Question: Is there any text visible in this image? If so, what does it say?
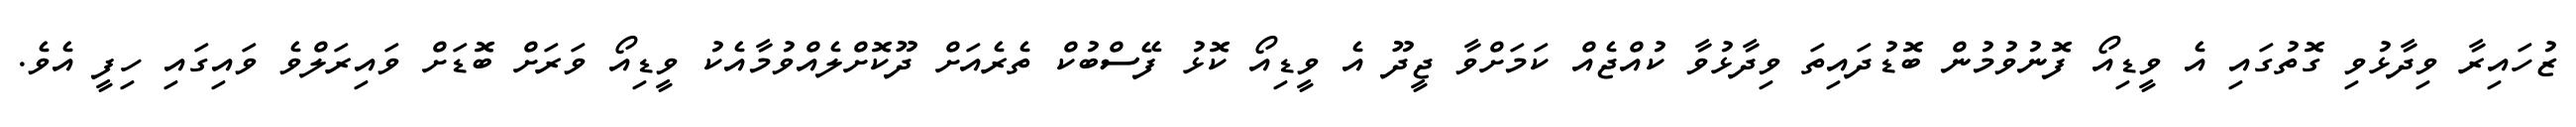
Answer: ޒުހައިރާ ވިދާޅުވި ގޮތުގައި އެ ވީޑިއޯ ފޮނުވުމުން ބޮޑުދައިތަ ވިދާޅުވާ ކުއްޖެއް ކަމަށްވާ ޖީދޫ އެ ވީޑިއޯ ކޮޅު ފޭސްބުކް ތެރެއަށް ދޫކޮށްލެއްވުމާއެކު ވީޑިއޯ ވަރަށް ބޮޑަށް ވައިރަލްވެ ވައިގައި ހިފީ އެވެ.